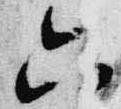
六